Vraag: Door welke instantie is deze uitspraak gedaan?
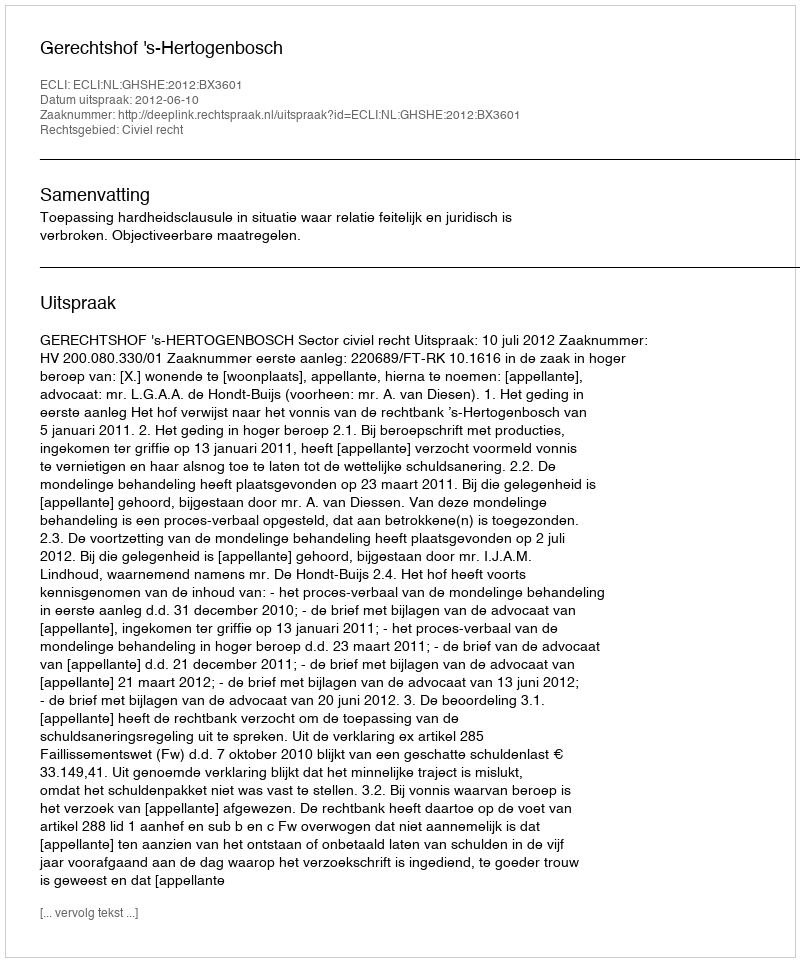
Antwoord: Gerechtshof 's-Hertogenbosch